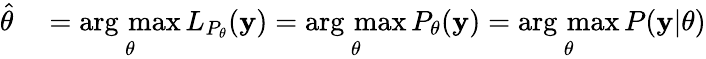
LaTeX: \begin{array}{rl}{{\hat{\theta}}}&{{}={\underset{\theta}{\operatorname{arg\, max}}}\, L_{P_{\theta}}(\mathbf{y})={\underset{\theta}{\operatorname{arg\, max}}}\, P_{\theta}(\mathbf{y})={\underset{\theta}{\operatorname{arg\, max}}}\, P(\mathbf{y}|\theta)}\end{array}